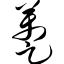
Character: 趸